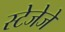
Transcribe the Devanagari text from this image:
स्टेजेजे